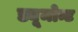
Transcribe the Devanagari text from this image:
ड्यूमोन्ट